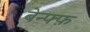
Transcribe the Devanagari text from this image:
बेन्फ्फ़